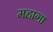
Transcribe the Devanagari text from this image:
महागा